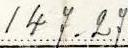
147.27